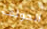
الجولف